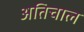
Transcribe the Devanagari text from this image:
अतिचाल